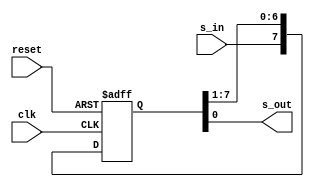
module free_run_shift_reg
  #(parameter N=8)
  (
    input wire clk, reset,
    input wire s_in,
    output wire s_out
  );

  reg [N-1:0] r_reg;
  wire [N-1:0] r_next;

  always @(posedge clk, negedge reset)
  begin
    if (~reset)
      r_reg <= 0;
    else
      r_reg <= r_next;
  end

  assign r_next = {s_in, r_reg[N-1:1]};
  assign s_out = r_reg[0];

endmodule


`timescale 1ns / 1ps

module stimulus;
  reg clk;
  reg reset;

  reg s_in;
  wire s_out;

  free_run_shift_reg #(2) s1 (
    .clk(clk),
    .reset(reset),
    .s_in(s_in),
    .s_out(s_out)
    );

  integer i, j;

  initial begin
    clk = 0;
    for(i = 0; i<=40; i=i+1) begin
      #10 clk = ~clk;  // period 20 ns (50 MHz)
    end
  end

  initial begin
    $dumpfile("shift_register.vcd");
    $dumpvars(0, stimulus);

    s_in = 0;
    reset = 1;

    #2 s_in = 0; reset = 0;
    #2 reset = 1;

    for(j = 0; j<=10; j=j+1) begin
      #20 s_in = ~s_in;
    end

    #20 s_in = 1;
    #20 s_in = 1;
    #20 s_in = 0;
    #20 s_in = 1;
    #20 s_in = 1;
    #20 s_in = 0;
    #20 s_in = 1;
    #20 s_in = 1;
    #20 s_in = 0;

  end

  initial begin
    $monitor("clk s_in s_out");
  end

  initial begin
    $monitor("%8d %d %b %b", $time, clk, s_in, s_out);
  end

endmodule